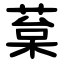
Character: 葈